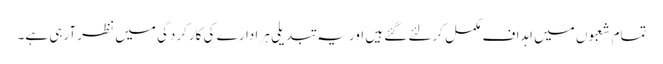
تمام شعبوں میں اہداف مکمل کرلئے گئے ہیں اور یہ تبدیلی ہر ادارے کی کارکردگی میں نظر آرہی ہے۔